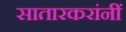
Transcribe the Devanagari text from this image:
सातारकरांनीं